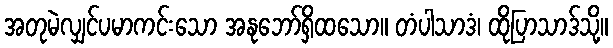
အတုမဲလျှင်ပမာကင်းသော အနုဘော်ရှိထသော။ တံပါသာဒံ၊ ထိုပြာသာဒ်သို့။